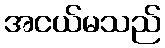
အငယ်မသည်